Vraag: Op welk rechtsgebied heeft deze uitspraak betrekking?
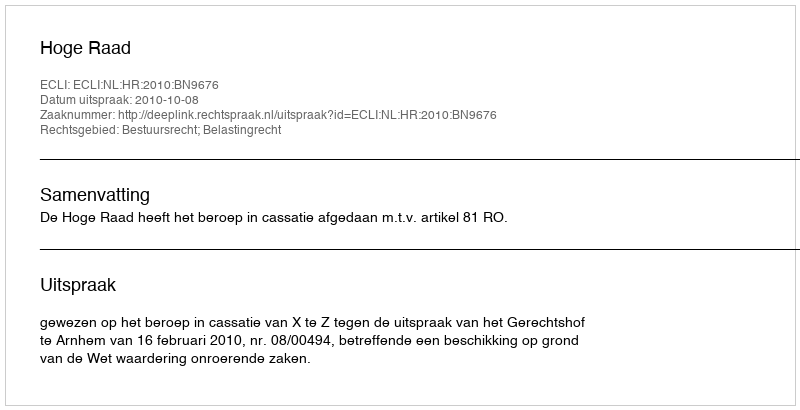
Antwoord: Bestuursrecht; Belastingrecht